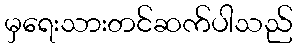
မှရေးသားတင်ဆက်ပါသည်